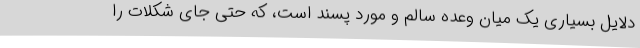
دلایل بسیاری یک میان وعده سالم و مورد پسند است، که حتی جای شکلات را